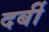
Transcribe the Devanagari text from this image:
दर्बी